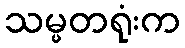
သမ္မတရုံးက